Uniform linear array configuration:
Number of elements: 48
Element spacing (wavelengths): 0.75
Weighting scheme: exponential
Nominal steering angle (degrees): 45
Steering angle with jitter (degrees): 43.284
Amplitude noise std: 0.05
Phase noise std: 0.05

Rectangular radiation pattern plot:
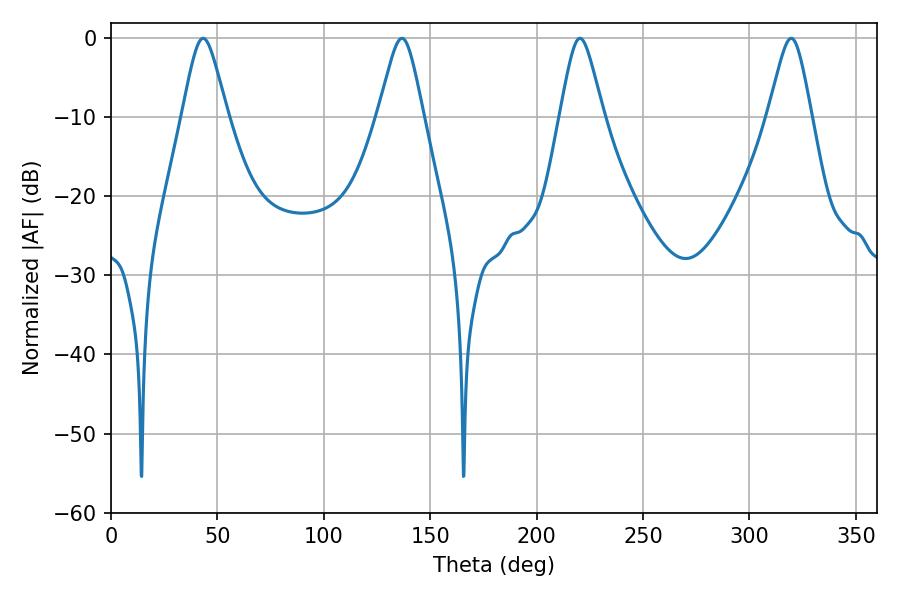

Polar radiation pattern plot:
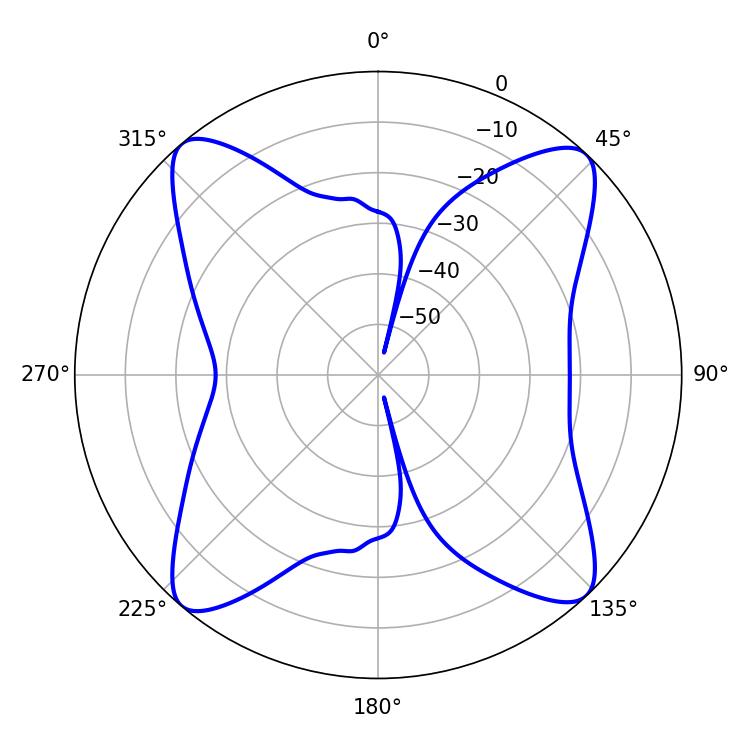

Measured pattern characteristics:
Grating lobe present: TRUE
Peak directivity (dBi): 18.2
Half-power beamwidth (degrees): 9.9
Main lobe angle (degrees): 220.32